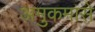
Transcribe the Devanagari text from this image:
अमुकमासे